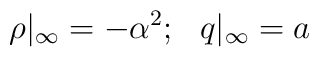
\rho |_{\infty} =-{\alpha^{2} }; \ \ q|_{\infty}=a